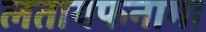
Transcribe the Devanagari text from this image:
लतायफनामा